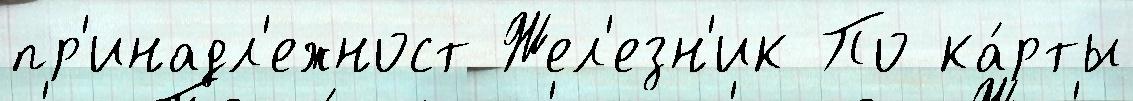
пр'инадл'ежност Жел'езн'ик По ка́рты